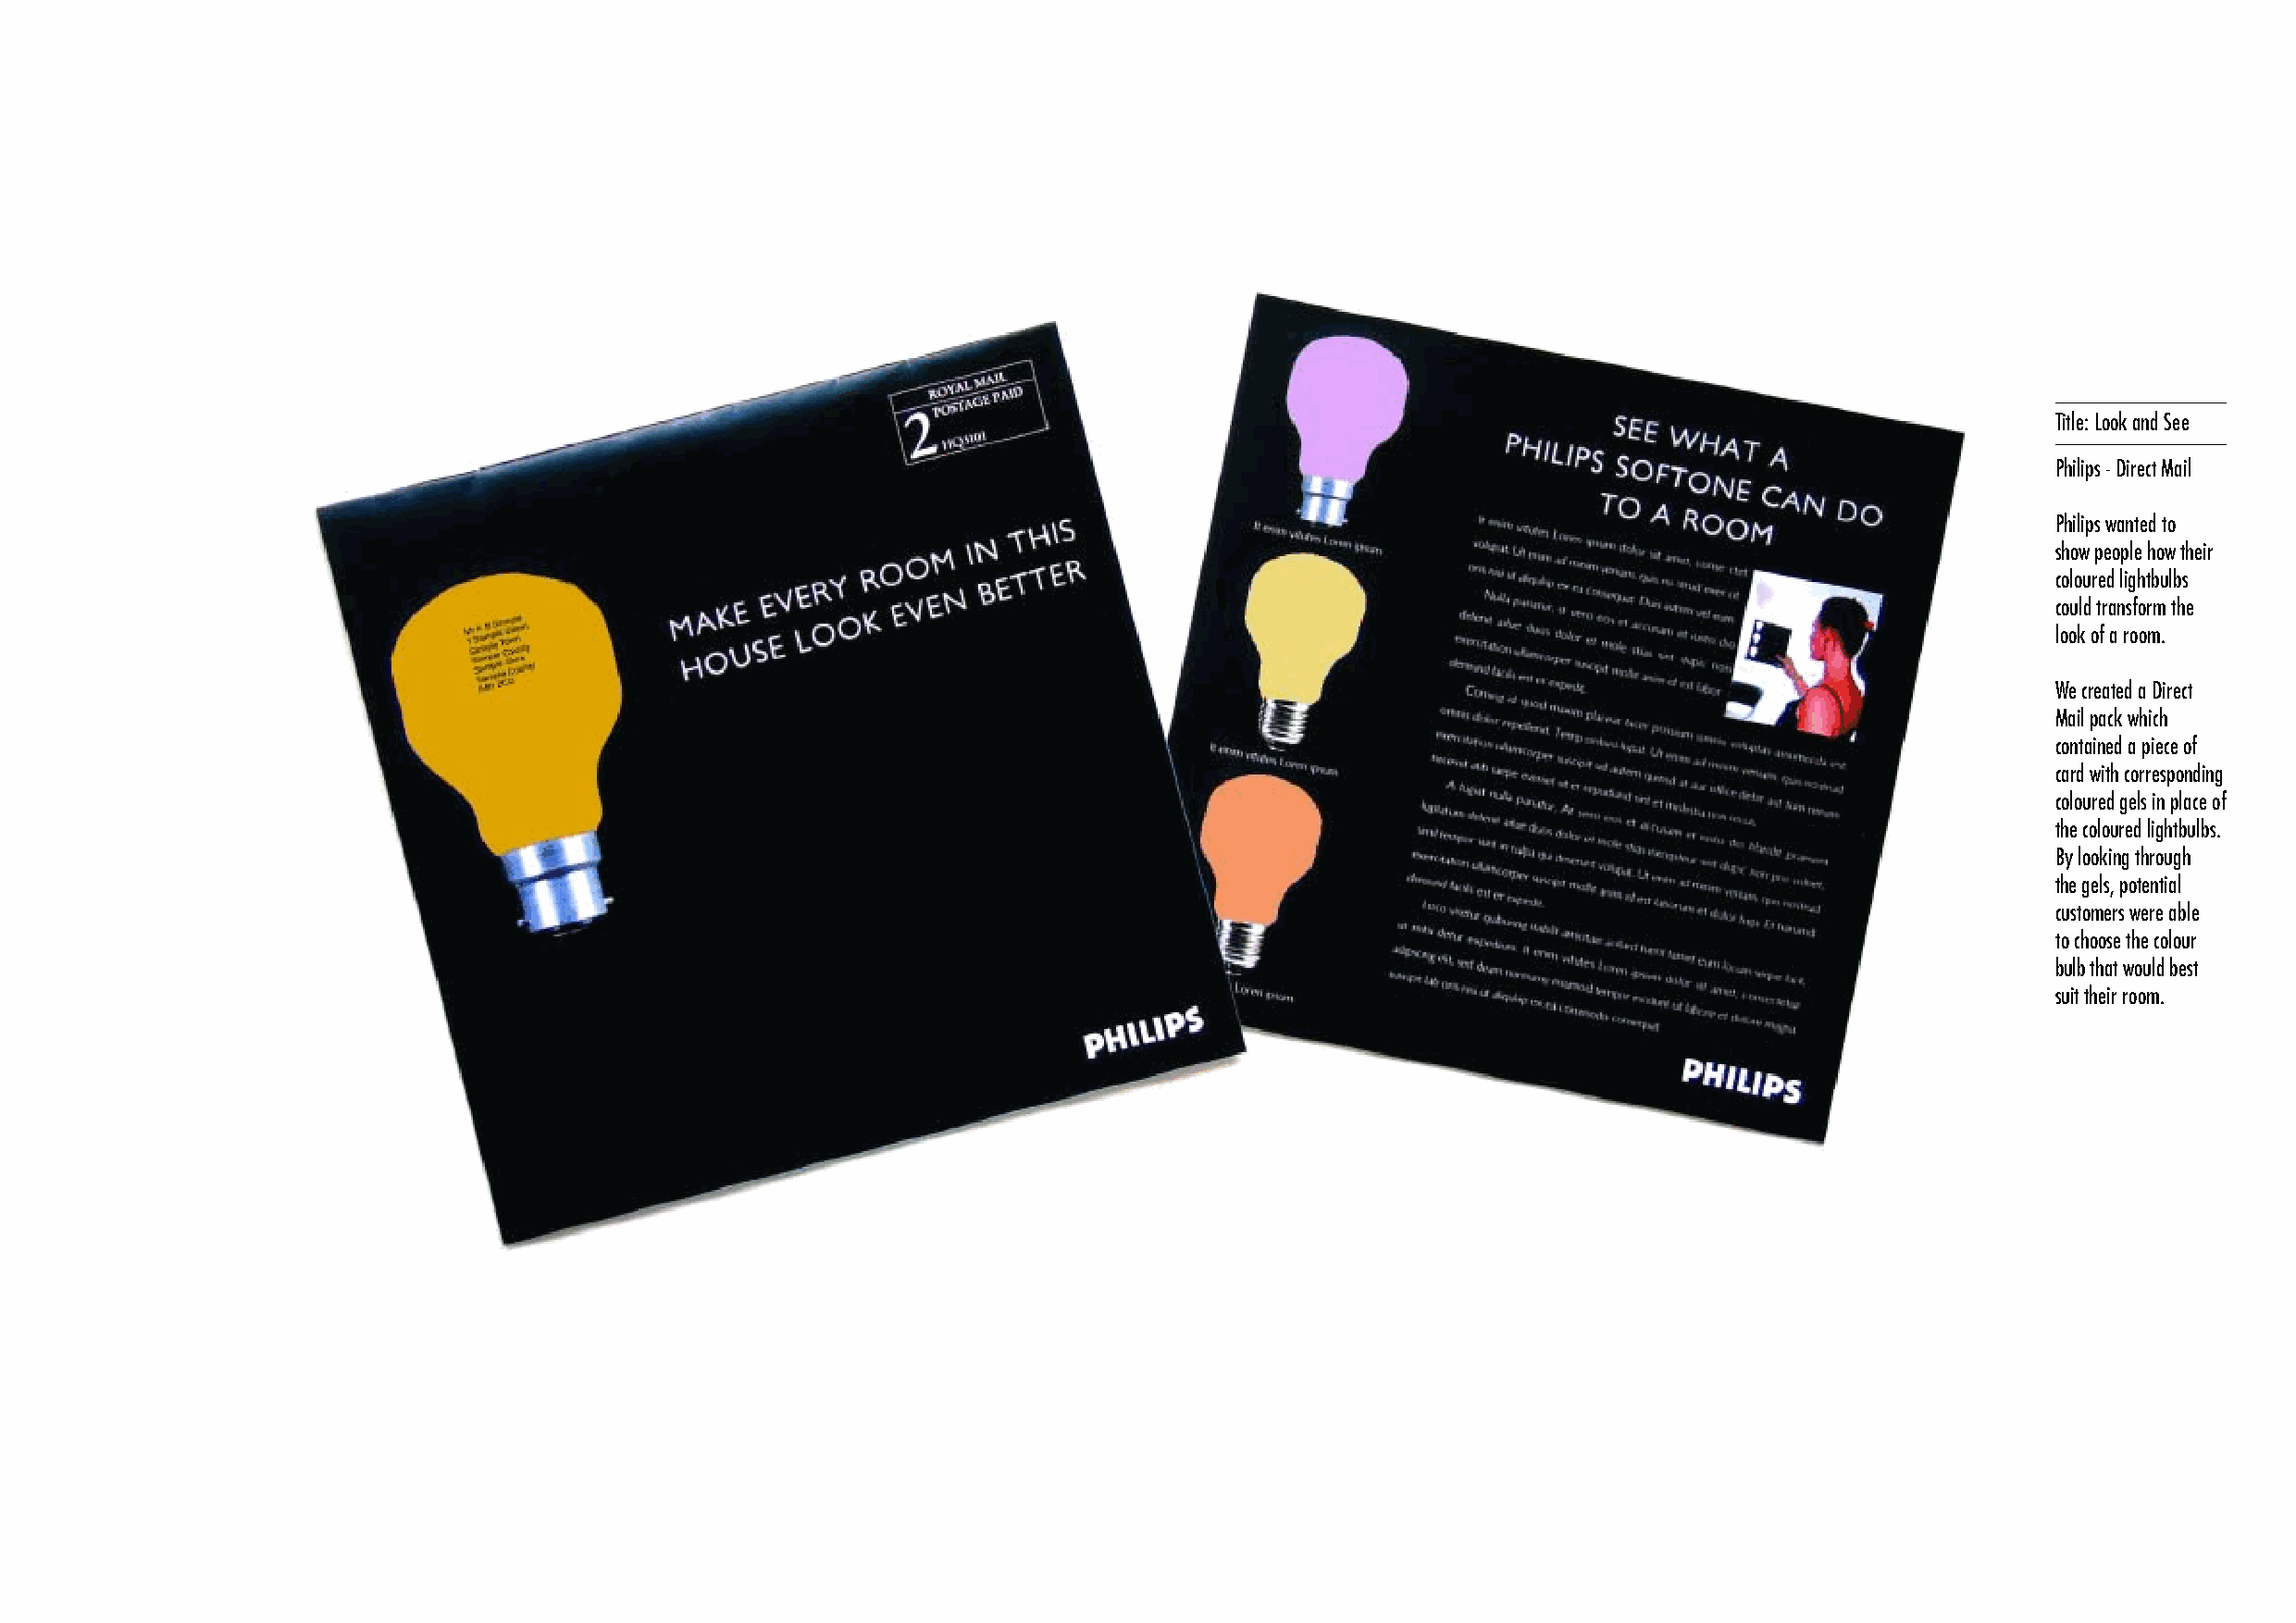
Title: Look and See
 Philips - Direct Mail
 Philips wanted to
 show people how their
 coloured lightbulbs
 could transform the
 look of a room.
 We created a Direct
 Mail pack which
 contained a piece of
 card with corresponding
 coloured gels in place of
 the coloured lightbulbs.
 By looking through
 the gels, potential
 customers were able
 to choose the colour
 bulb that would best
 suit their room.